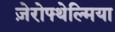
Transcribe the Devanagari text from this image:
ज़ेरोफ्थेल्मिया